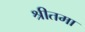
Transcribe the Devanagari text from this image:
श्रीतमा